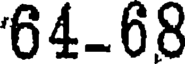
64-68